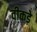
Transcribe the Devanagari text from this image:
वीकड़े